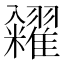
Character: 糴